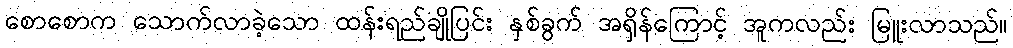
စောစောက သောက်လာခဲ့သော ထန်းရည်ချိုပြင်း နှစ်ခွက် အရှိန်ကြောင့် အူကလည်း မြူးလာသည်။